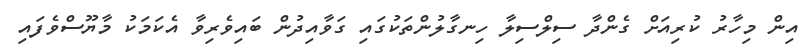
އިން މިހާރު ކުރިއަށް ގެންދާ ސިލްސިލާ ހިނގާލުންތަކުގައި ގަވާއިދުން ބައިވެރިވާ އެކަމަކު މާޔޫސްވެފައި